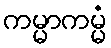
ကမ္မာကမ္မံ